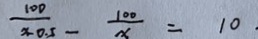
\frac { 1 0 0 } { x - 0 . 5 } - \frac { 1 0 0 } { x } = 1 0 \cdot